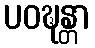
ပဝဍ္ဎန္တာ